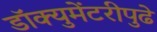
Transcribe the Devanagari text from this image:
डॉक्युमेंटरीपुढे